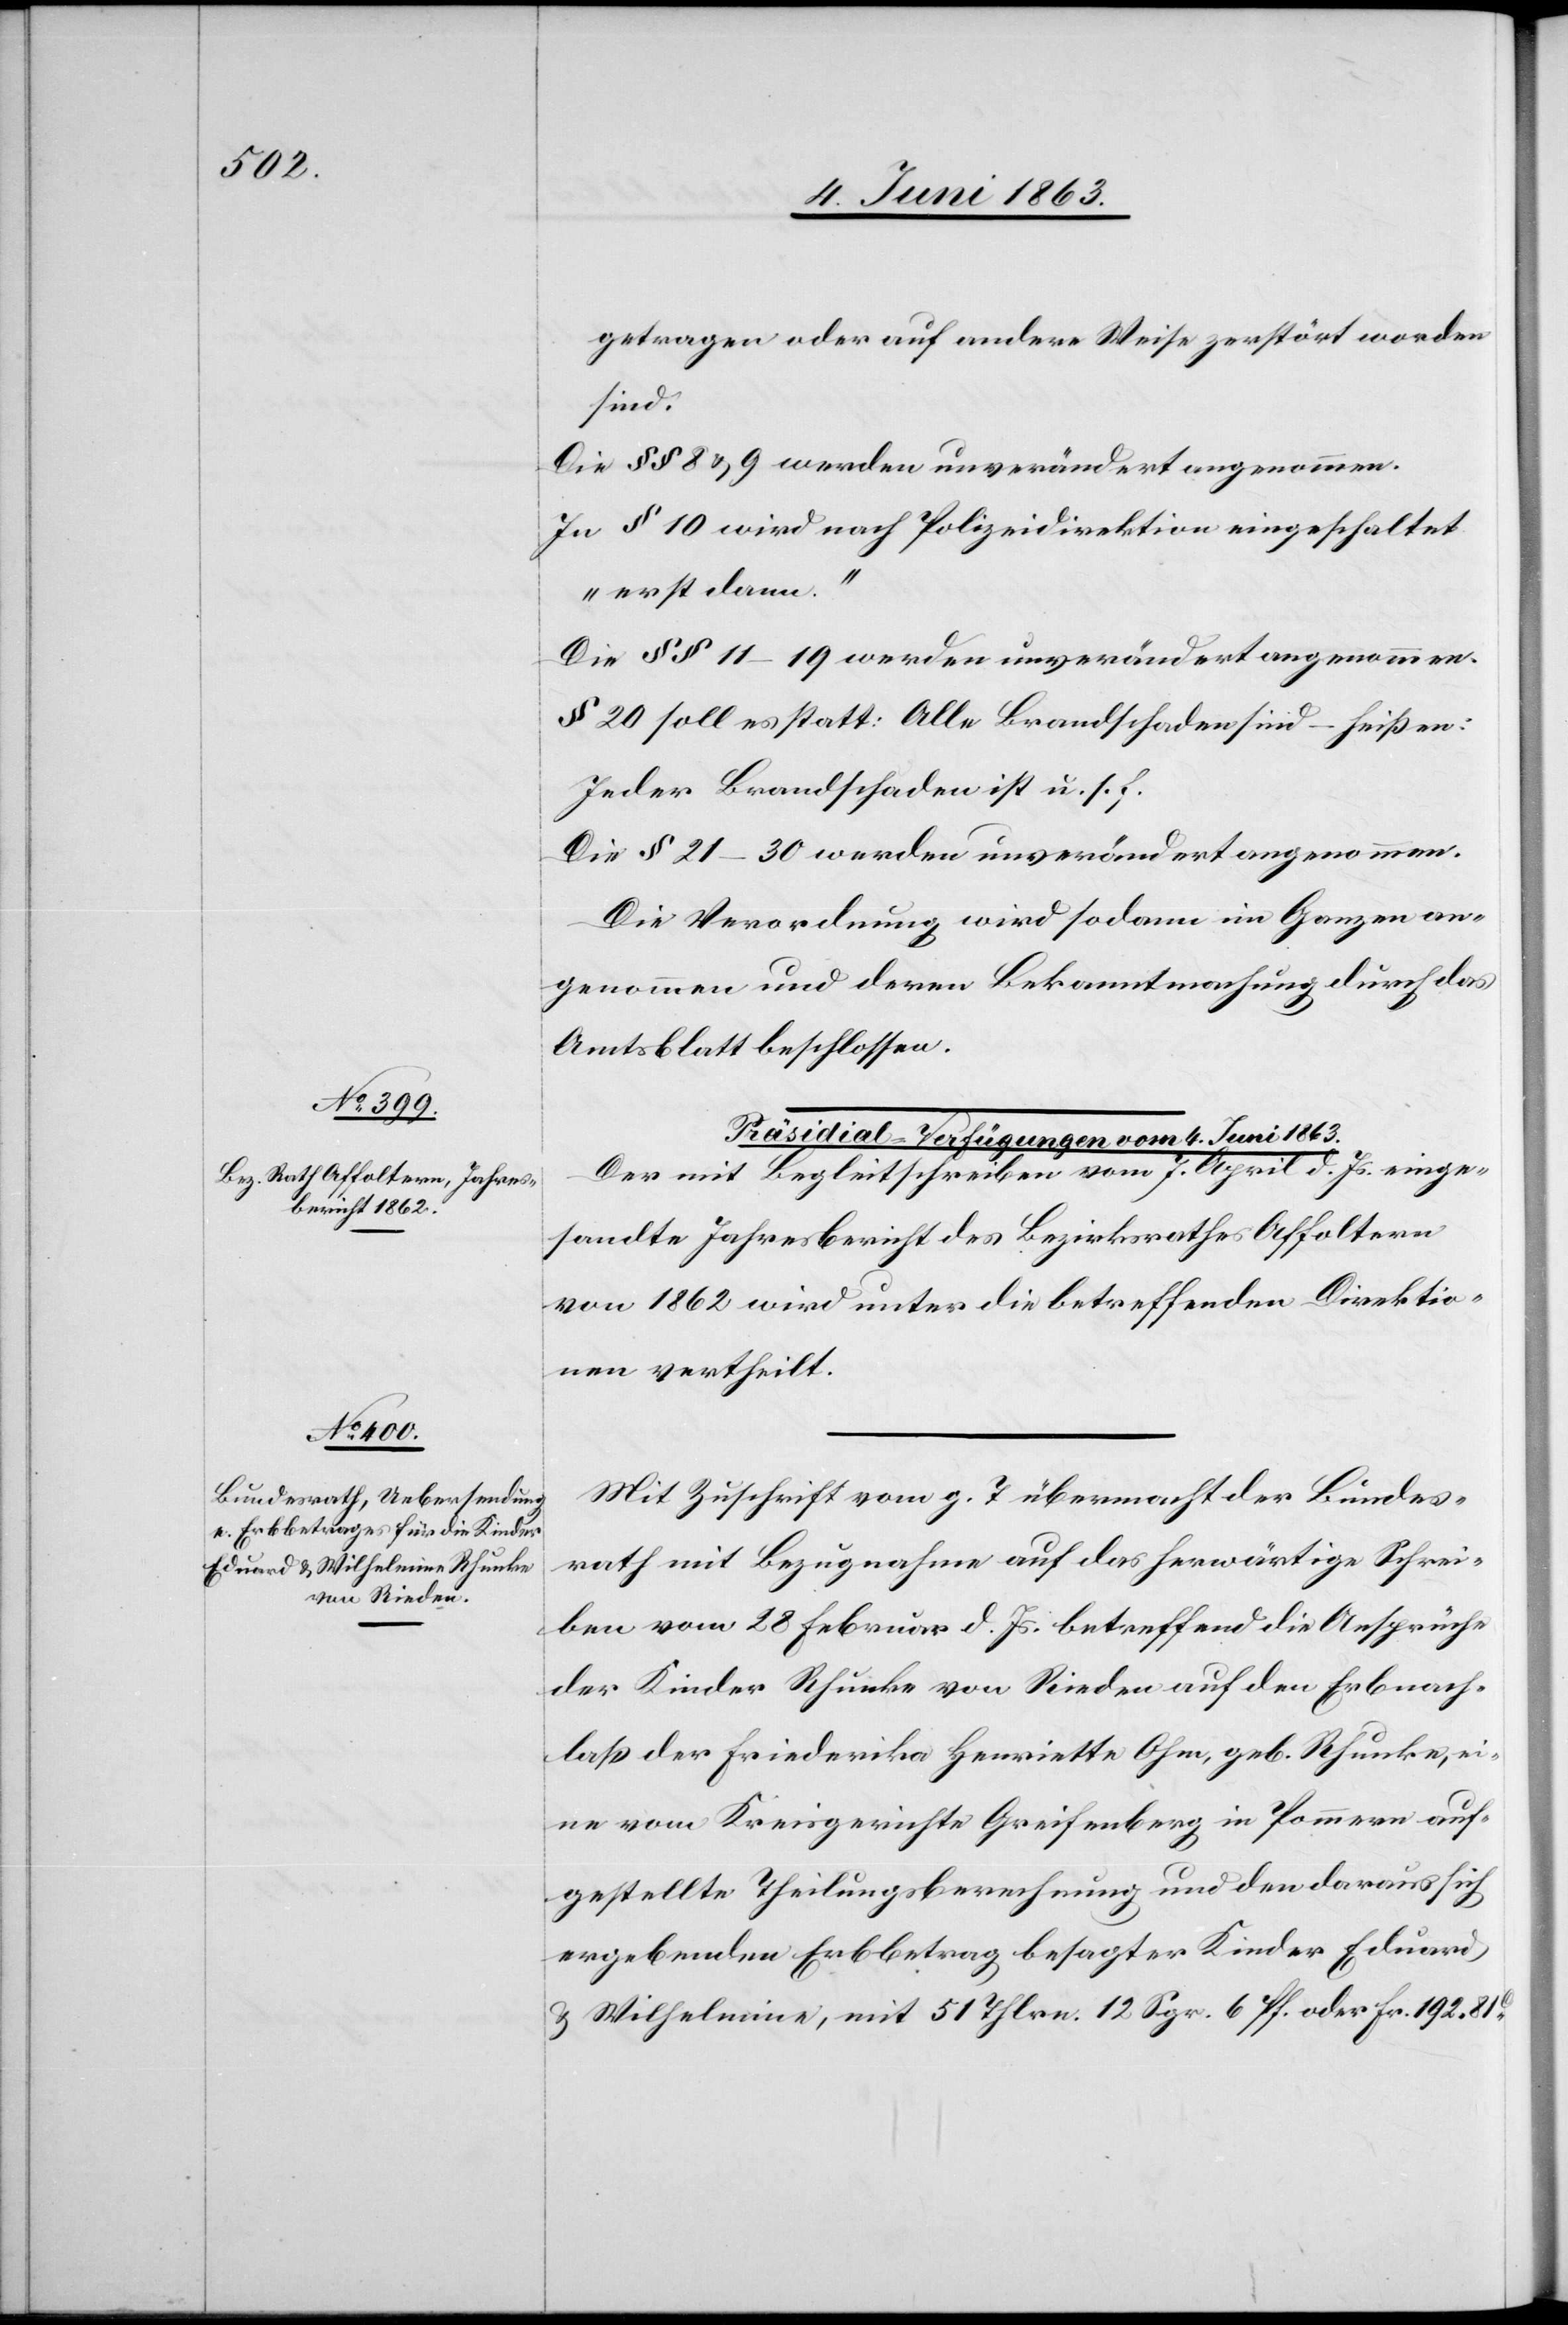
4. Juni 1863.]
getragen oder auf andere Weise zerstört worden
sind.
Die §§ 8 & 9 werden unverändert angenommen.
In § 10 wird nach Polizeidirektion eingeschaltet
„erst dann“.
Die §§ 11–19 werden unverändert angenommen.
§ 20 soll es statt: Alle Brandschaden sind – heißen:
Jeder Brandschaden ist u. s. f.
Die § 21–30 werden unverändert angenommen.
Die Verordnung wird sodann im Ganzen an¬
genommen und deren Bekanntmachung durch das
Amtsblatt beschlossen.
Der mit Begleitschreiben vom 7. April d. Js. einge¬
sandte Jahresbericht des Bezirksrathes Affoltern
von 1862 wird unter die betreffenden Direktio¬
nen vertheilt.
Mit Zuschrift vom g. T. übermacht der Bundes¬
rath mit Bezugnahme auf das herwärtige Schrei¬
ben vom 28 Februar d. Js. betreffend die Ansprüche
der Kinder Rhunke von Rieden auf den Erbnach¬
laß der Friederika Henriette Ohm, geb. Rhunke, ei¬
ne vom Kreisgerichte Greifenberg in Pommern auf¬
gestellte Theilungsberechnung und den daraus sich
ergebenden Erbbetrag besagter Kinder Eduard
& Wilhelmine, mit 51 Thlrn. 12 Sgr. 6 Pf. oder Fr. 192. 81c